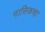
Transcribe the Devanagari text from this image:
नासिकचा